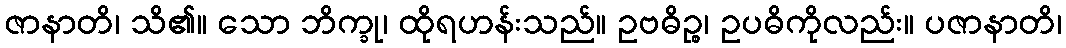
ဇာနာတိ၊ သိ၏။ သော ဘိက္ခု၊ ထိုရဟန်းသည်။ ဥဗဓိဉ္စ၊ ဥပဓိကိုလည်း။ ပဇာနာတိ၊